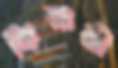
কিনারী